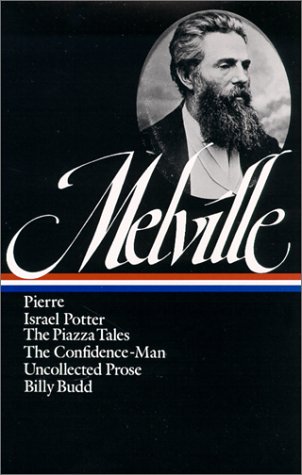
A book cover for Herman Melville : Pierre, Israel Potter, The Piazza Tales, The Confidence-Man, Tales, Billy Budd (Library of America); Herman Melville; Literature & Fiction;